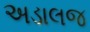
અડાલજ